Riigikantselei, lk 151
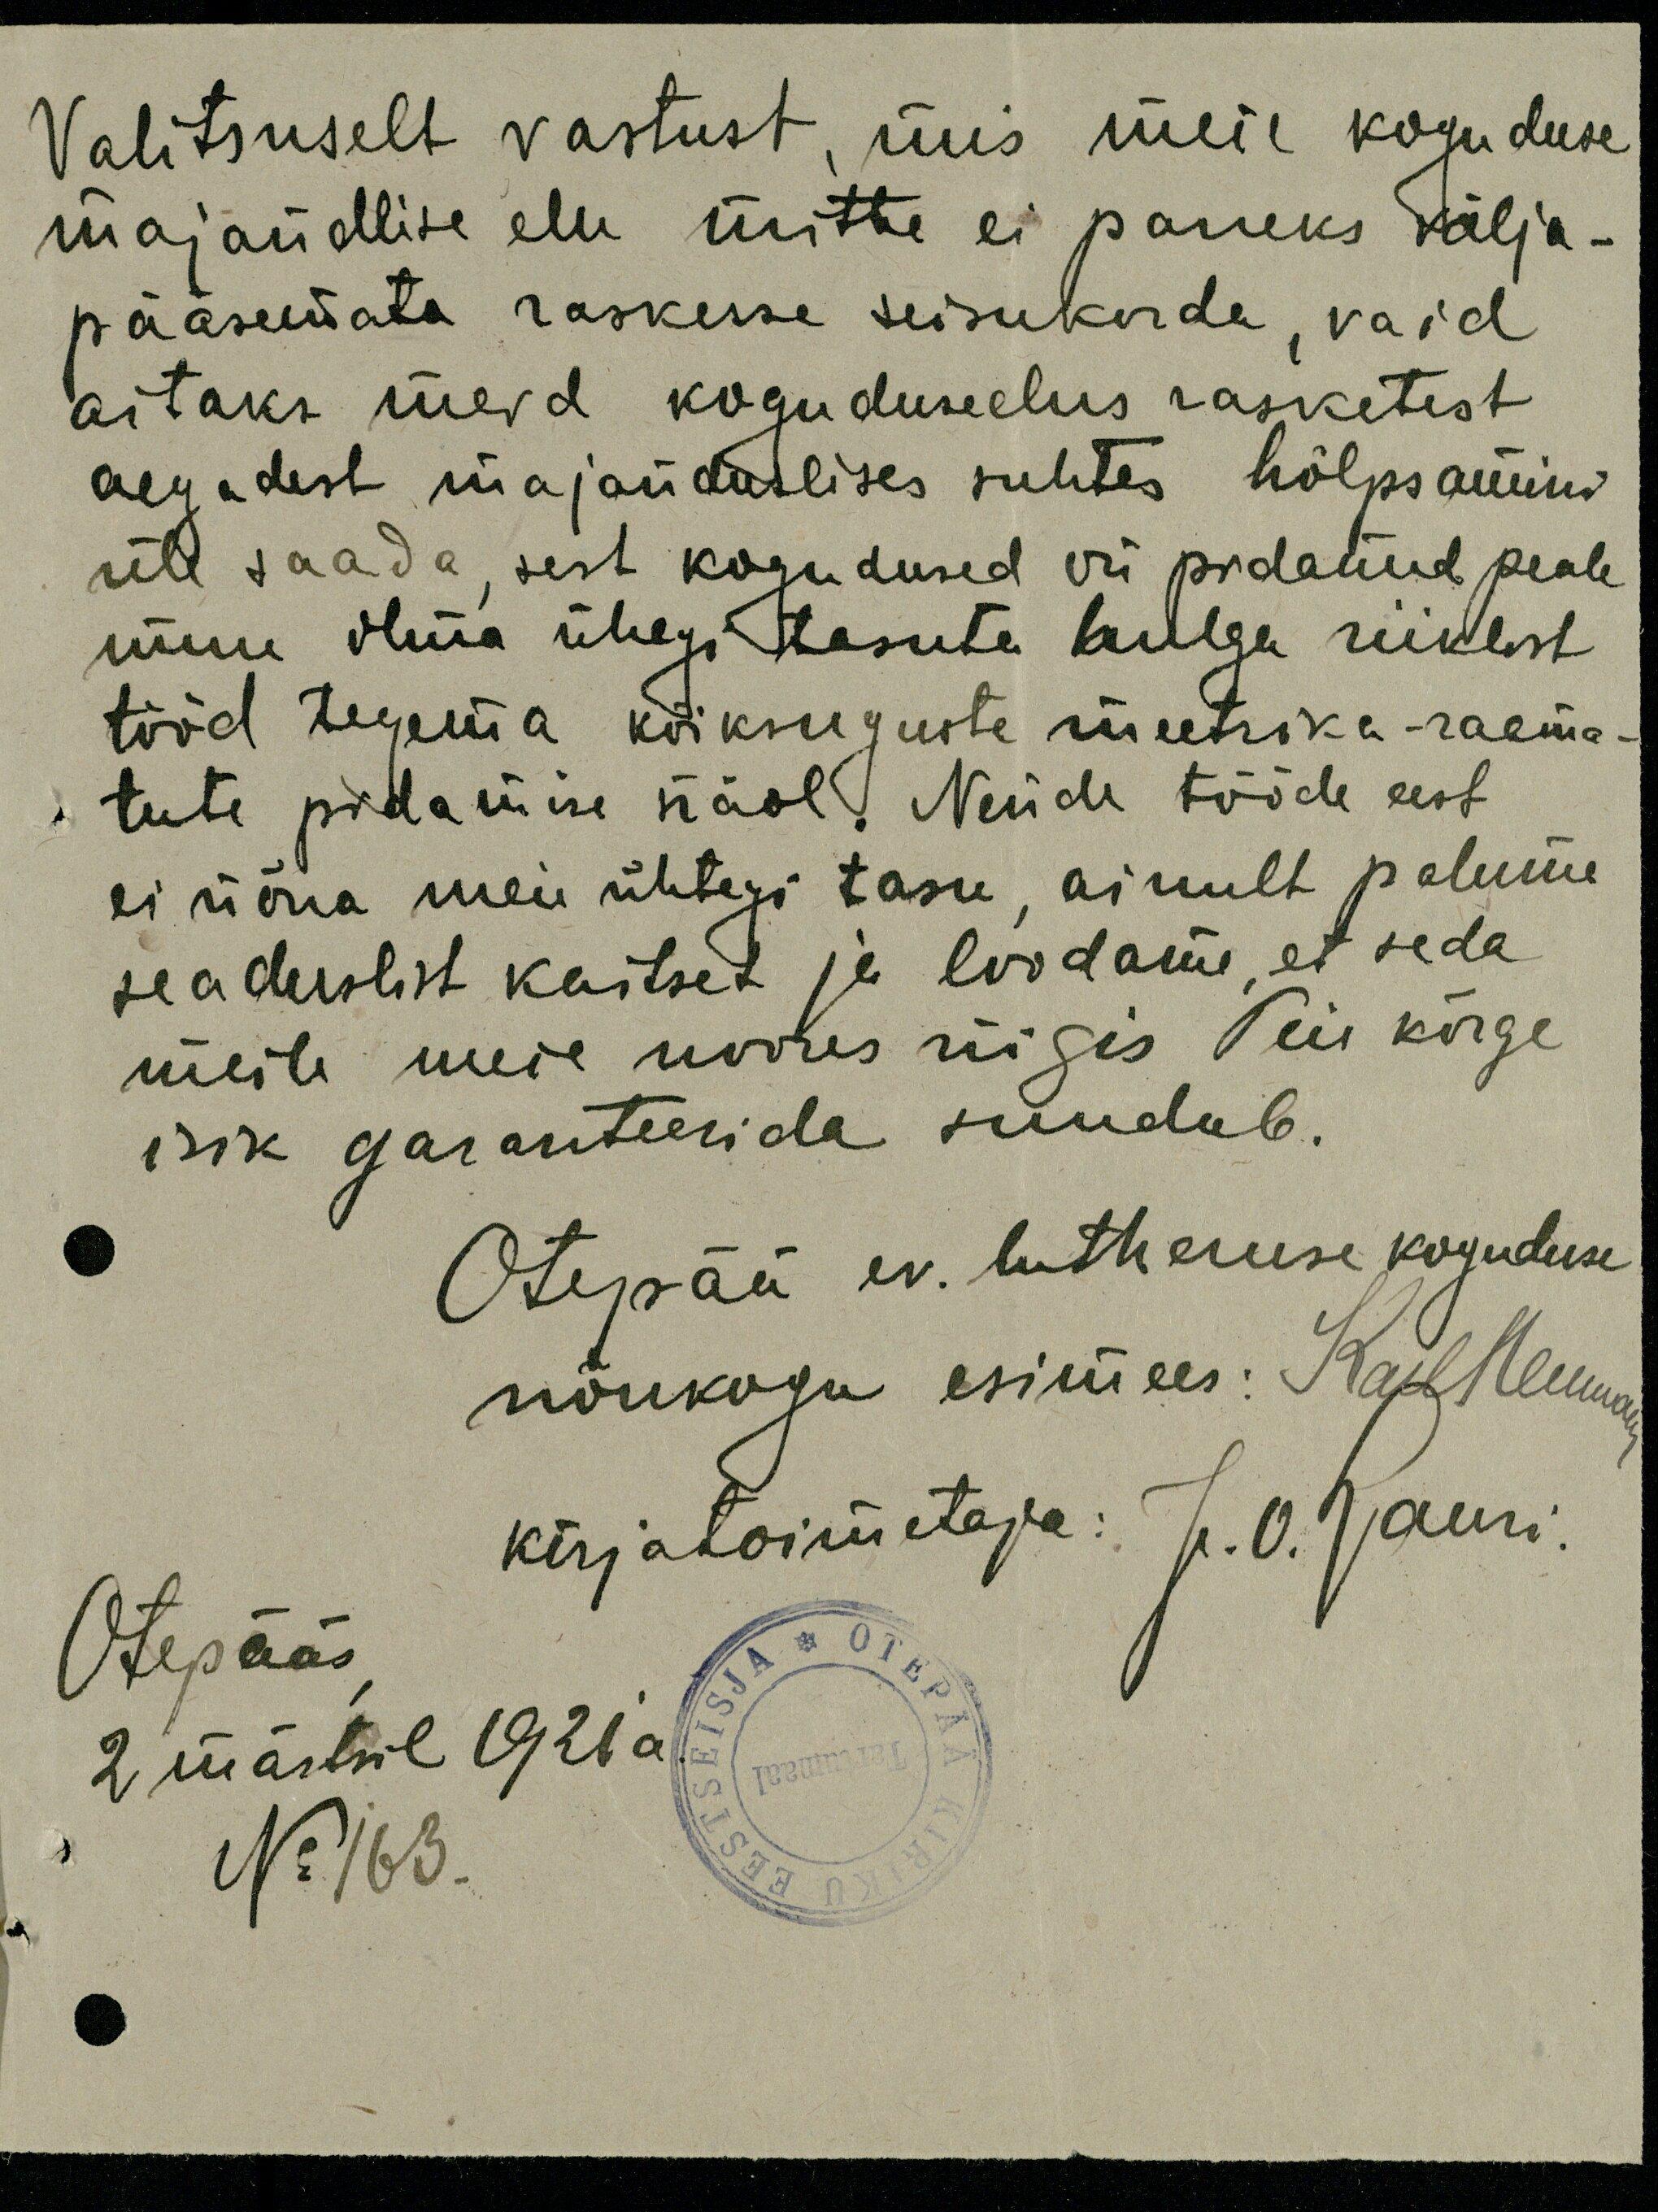
Valitsuselt vastust, mis meie koguduse
majandlise elu mitte ei paneks välja-
pääsemata raskesse seisukorda, vaid
aitaks meid koguduseelus rasketest
aegadest majanduslises suhtes hõlpsamini
üle saada, sest kogudused on pidanud peale
muu olema ühegi tasuta hulga riiklist
tööd tegema kõiksuguste meetrika-raama-
tute pidamise näol. Nende tööde eest
ei nõua meie ühtegi tasu, ainult palume
seaduslist kaitset ja loodame, et seda
meile meie noores riigis Teie kõrge
isik garanteerida suudub.
Otepää ev. lutheruse koguduse
nõukogu esimees: Karl Herman
kirjatoimetaja: J. O. Lauri.
Otepääs,
2 märtsil 1926 a.
No 163.